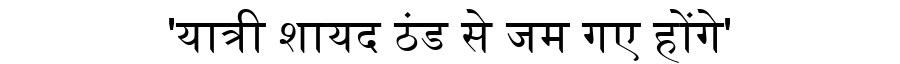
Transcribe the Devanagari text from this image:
'यात्री शायद ठंड से जम गए होंगे'